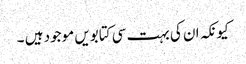
کیونکہ ان کی بہت سی کتابویں موجود ہیں ۔